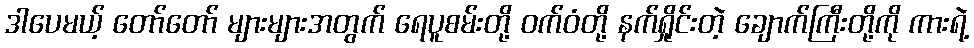
ဒါပေမယ့် တော်တော် များများအတွက် ရေပူစမ်းတို့ ဝက်ဝံတို့ နက်ရှိုင်းတဲ့ ချောက်ကြီးတို့ကို ကားရဲ့